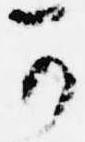
可